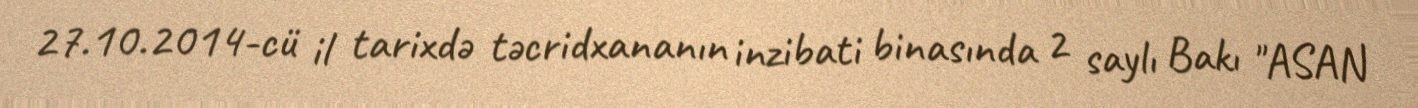
27.10.2014-cü il tarixdə təcridxananın inzibati binasında 2 saylı Bakı "ASAN